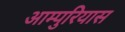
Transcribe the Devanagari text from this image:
आम्पुरियास